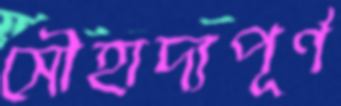
সৌহাদ্যপূর্ণ